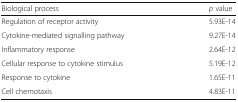
| Biological process | p value |
 | --- | --- |
 | Regulation of receptor activity | 5.93E-14 |
 | Cytokine-mediated signalling pathway | 9.27E-14 |
 | Inflammatory response | 2.64E-12 |
 | Cellular response to cytokine stimulus | 5.19E-12 |
 | Response to cytokine | 1.65E-11 |
 | Cell chemotaxis | 4.83E-11 |